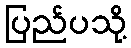
ပြည်ပသို့